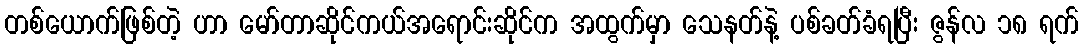
တစ်ယောက်ဖြစ်တဲ့ ဟာ မော်တာဆိုင်ကယ်အရောင်းဆိုင်က အထွက်မှာ သေနတ်နဲ့ ပစ်ခတ်ခံရပြီး ဇွန်လ ၁၈ ရက်